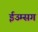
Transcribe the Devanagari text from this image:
ईउम्सग